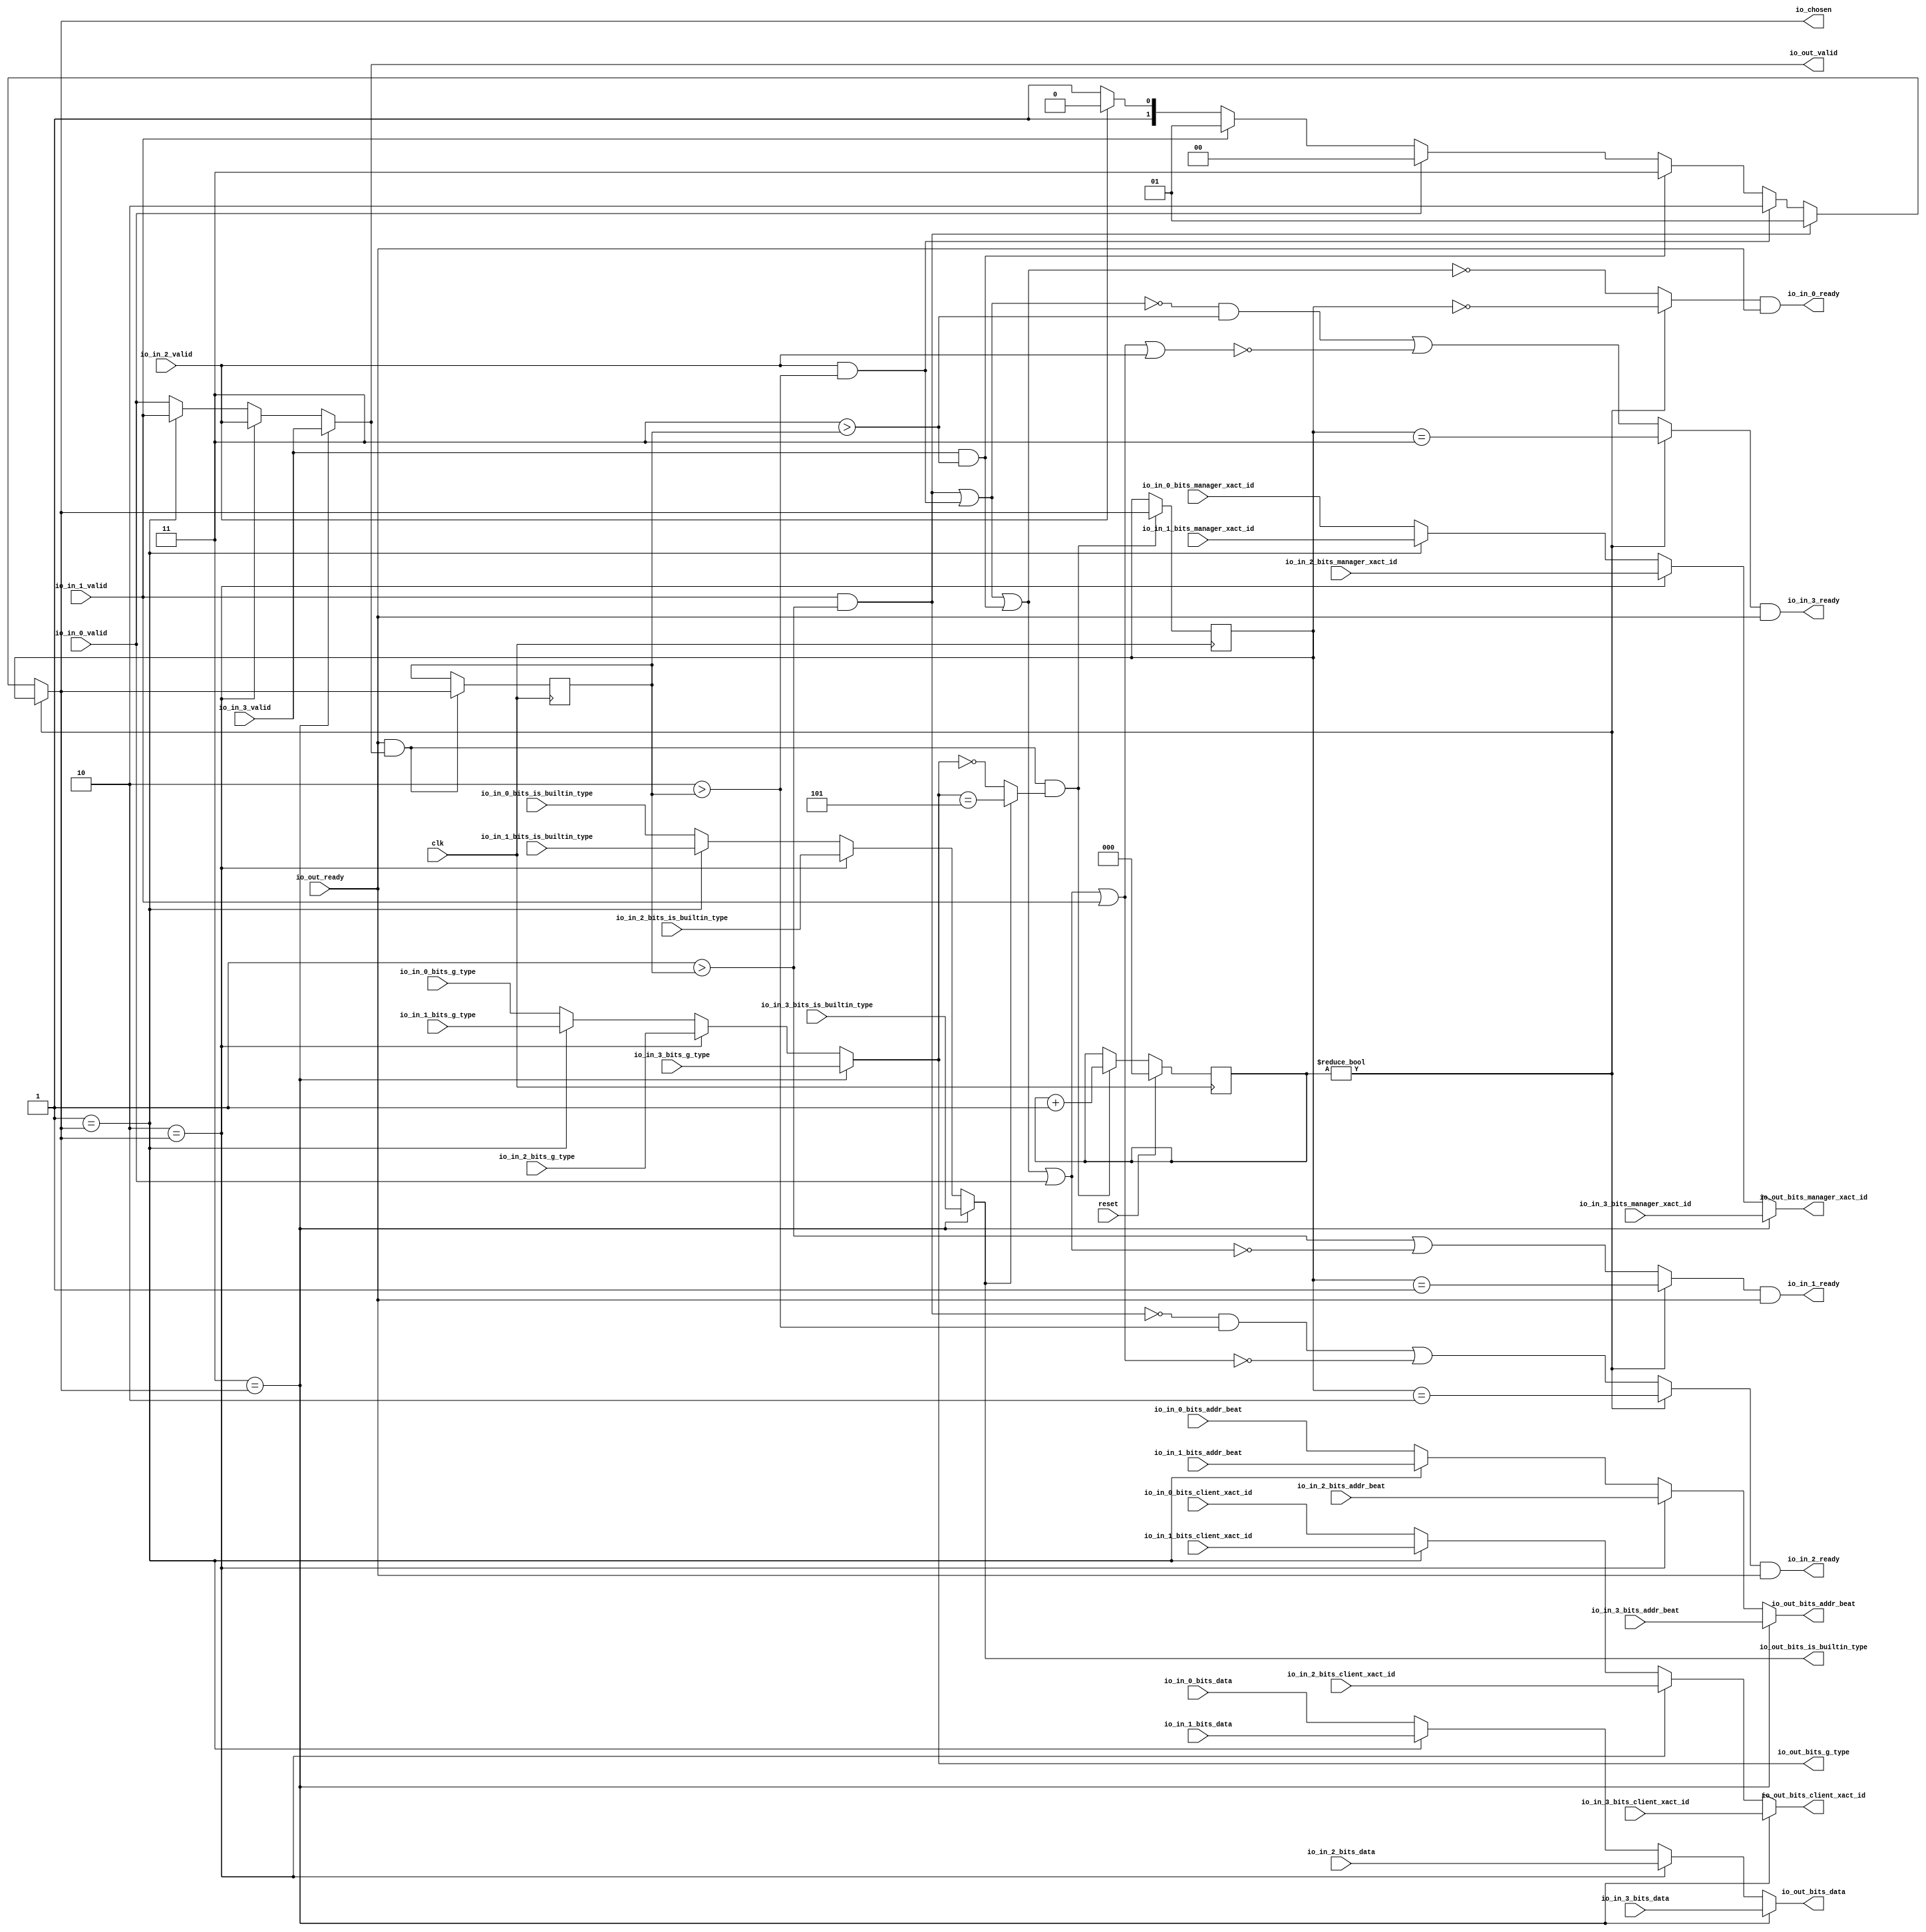
module LockingRRArbiter_7(
  input   clk,
  input   reset,
  output  io_in_0_ready,
  input   io_in_0_valid,
  input  [2:0] io_in_0_bits_addr_beat,
  input  [1:0] io_in_0_bits_client_xact_id,
  input   io_in_0_bits_manager_xact_id,
  input   io_in_0_bits_is_builtin_type,
  input  [3:0] io_in_0_bits_g_type,
  input  [63:0] io_in_0_bits_data,
  output  io_in_1_ready,
  input   io_in_1_valid,
  input  [2:0] io_in_1_bits_addr_beat,
  input  [1:0] io_in_1_bits_client_xact_id,
  input   io_in_1_bits_manager_xact_id,
  input   io_in_1_bits_is_builtin_type,
  input  [3:0] io_in_1_bits_g_type,
  input  [63:0] io_in_1_bits_data,
  output  io_in_2_ready,
  input   io_in_2_valid,
  input  [2:0] io_in_2_bits_addr_beat,
  input  [1:0] io_in_2_bits_client_xact_id,
  input   io_in_2_bits_manager_xact_id,
  input   io_in_2_bits_is_builtin_type,
  input  [3:0] io_in_2_bits_g_type,
  input  [63:0] io_in_2_bits_data,
  output  io_in_3_ready,
  input   io_in_3_valid,
  input  [2:0] io_in_3_bits_addr_beat,
  input  [1:0] io_in_3_bits_client_xact_id,
  input   io_in_3_bits_manager_xact_id,
  input   io_in_3_bits_is_builtin_type,
  input  [3:0] io_in_3_bits_g_type,
  input  [63:0] io_in_3_bits_data,
  input   io_out_ready,
  output  io_out_valid,
  output [2:0] io_out_bits_addr_beat,
  output [1:0] io_out_bits_client_xact_id,
  output  io_out_bits_manager_xact_id,
  output  io_out_bits_is_builtin_type,
  output [3:0] io_out_bits_g_type,
  output [63:0] io_out_bits_data,
  output [1:0] io_chosen
);
  wire [1:0] choice;
  wire  GEN_0;
  wire  GEN_7;
  wire  GEN_8;
  wire  GEN_9;
  wire [2:0] GEN_1;
  wire [2:0] GEN_10;
  wire [2:0] GEN_11;
  wire [2:0] GEN_12;
  wire [1:0] GEN_2;
  wire [1:0] GEN_13;
  wire [1:0] GEN_14;
  wire [1:0] GEN_15;
  wire  GEN_3;
  wire  GEN_16;
  wire  GEN_17;
  wire  GEN_18;
  wire  GEN_4;
  wire  GEN_19;
  wire  GEN_20;
  wire  GEN_21;
  wire [3:0] GEN_5;
  wire [3:0] GEN_22;
  wire [3:0] GEN_23;
  wire [3:0] GEN_24;
  wire [63:0] GEN_6;
  wire [63:0] GEN_25;
  wire [63:0] GEN_26;
  wire [63:0] GEN_27;
  reg [2:0] T_794;
  reg [31:0] GEN_39;
  reg [1:0] T_796;
  reg [31:0] GEN_40;
  wire  T_798;
  wire [2:0] T_806_0;
  wire [3:0] GEN_38;
  wire  T_808;
  wire  T_809;
  wire  T_810;
  wire  T_812;
  wire  T_813;
  wire [3:0] T_817;
  wire [2:0] T_818;
  wire [1:0] GEN_28;
  wire [2:0] GEN_29;
  wire [1:0] GEN_30;
  reg [1:0] lastGrant;
  reg [31:0] GEN_41;
  wire [1:0] GEN_31;
  wire  T_823;
  wire  T_825;
  wire  T_827;
  wire  T_829;
  wire  T_830;
  wire  T_831;
  wire  T_834;
  wire  T_835;
  wire  T_836;
  wire  T_837;
  wire  T_838;
  wire  T_842;
  wire  T_844;
  wire  T_846;
  wire  T_848;
  wire  T_850;
  wire  T_852;
  wire  T_856;
  wire  T_857;
  wire  T_858;
  wire  T_859;
  wire  T_860;
  wire  T_862;
  wire  T_863;
  wire  T_864;
  wire  T_866;
  wire  T_867;
  wire  T_868;
  wire  T_870;
  wire  T_871;
  wire  T_872;
  wire  T_874;
  wire  T_875;
  wire  T_876;
  wire [1:0] GEN_32;
  wire [1:0] GEN_33;
  wire [1:0] GEN_34;
  wire [1:0] GEN_35;
  wire [1:0] GEN_36;
  wire [1:0] GEN_37;
  assign io_in_0_ready = T_864;
  assign io_in_1_ready = T_868;
  assign io_in_2_ready = T_872;
  assign io_in_3_ready = T_876;
  assign io_out_valid = GEN_0;
  assign io_out_bits_addr_beat = GEN_1;
  assign io_out_bits_client_xact_id = GEN_2;
  assign io_out_bits_manager_xact_id = GEN_3;
  assign io_out_bits_is_builtin_type = GEN_4;
  assign io_out_bits_g_type = GEN_5;
  assign io_out_bits_data = GEN_6;
  assign io_chosen = GEN_30;
  assign choice = GEN_37;
  assign GEN_0 = GEN_9;
  assign GEN_7 = 2'h1 == io_chosen ? io_in_1_valid : io_in_0_valid;
  assign GEN_8 = 2'h2 == io_chosen ? io_in_2_valid : GEN_7;
  assign GEN_9 = 2'h3 == io_chosen ? io_in_3_valid : GEN_8;
  assign GEN_1 = GEN_12;
  assign GEN_10 = 2'h1 == io_chosen ? io_in_1_bits_addr_beat : io_in_0_bits_addr_beat;
  assign GEN_11 = 2'h2 == io_chosen ? io_in_2_bits_addr_beat : GEN_10;
  assign GEN_12 = 2'h3 == io_chosen ? io_in_3_bits_addr_beat : GEN_11;
  assign GEN_2 = GEN_15;
  assign GEN_13 = 2'h1 == io_chosen ? io_in_1_bits_client_xact_id : io_in_0_bits_client_xact_id;
  assign GEN_14 = 2'h2 == io_chosen ? io_in_2_bits_client_xact_id : GEN_13;
  assign GEN_15 = 2'h3 == io_chosen ? io_in_3_bits_client_xact_id : GEN_14;
  assign GEN_3 = GEN_18;
  assign GEN_16 = 2'h1 == io_chosen ? io_in_1_bits_manager_xact_id : io_in_0_bits_manager_xact_id;
  assign GEN_17 = 2'h2 == io_chosen ? io_in_2_bits_manager_xact_id : GEN_16;
  assign GEN_18 = 2'h3 == io_chosen ? io_in_3_bits_manager_xact_id : GEN_17;
  assign GEN_4 = GEN_21;
  assign GEN_19 = 2'h1 == io_chosen ? io_in_1_bits_is_builtin_type : io_in_0_bits_is_builtin_type;
  assign GEN_20 = 2'h2 == io_chosen ? io_in_2_bits_is_builtin_type : GEN_19;
  assign GEN_21 = 2'h3 == io_chosen ? io_in_3_bits_is_builtin_type : GEN_20;
  assign GEN_5 = GEN_24;
  assign GEN_22 = 2'h1 == io_chosen ? io_in_1_bits_g_type : io_in_0_bits_g_type;
  assign GEN_23 = 2'h2 == io_chosen ? io_in_2_bits_g_type : GEN_22;
  assign GEN_24 = 2'h3 == io_chosen ? io_in_3_bits_g_type : GEN_23;
  assign GEN_6 = GEN_27;
  assign GEN_25 = 2'h1 == io_chosen ? io_in_1_bits_data : io_in_0_bits_data;
  assign GEN_26 = 2'h2 == io_chosen ? io_in_2_bits_data : GEN_25;
  assign GEN_27 = 2'h3 == io_chosen ? io_in_3_bits_data : GEN_26;
  assign T_798 = T_794 != 3'h0;
  assign T_806_0 = 3'h5;
  assign GEN_38 = {{1'd0}, T_806_0};
  assign T_808 = io_out_bits_g_type == GEN_38;
  assign T_809 = io_out_bits_g_type == 4'h0;
  assign T_810 = io_out_bits_is_builtin_type ? T_808 : T_809;
  assign T_812 = io_out_ready & io_out_valid;
  assign T_813 = T_812 & T_810;
  assign T_817 = T_794 + 3'h1;
  assign T_818 = T_817[2:0];
  assign GEN_28 = T_813 ? io_chosen : T_796;
  assign GEN_29 = T_813 ? T_818 : T_794;
  assign GEN_30 = T_798 ? T_796 : choice;
  assign GEN_31 = T_812 ? io_chosen : lastGrant;
  assign T_823 = 2'h1 > lastGrant;
  assign T_825 = 2'h2 > lastGrant;
  assign T_827 = 2'h3 > lastGrant;
  assign T_829 = io_in_1_valid & T_823;
  assign T_830 = io_in_2_valid & T_825;
  assign T_831 = io_in_3_valid & T_827;
  assign T_834 = T_829 | T_830;
  assign T_835 = T_834 | T_831;
  assign T_836 = T_835 | io_in_0_valid;
  assign T_837 = T_836 | io_in_1_valid;
  assign T_838 = T_837 | io_in_2_valid;
  assign T_842 = T_829 == 1'h0;
  assign T_844 = T_834 == 1'h0;
  assign T_846 = T_835 == 1'h0;
  assign T_848 = T_836 == 1'h0;
  assign T_850 = T_837 == 1'h0;
  assign T_852 = T_838 == 1'h0;
  assign T_856 = T_823 | T_848;
  assign T_857 = T_842 & T_825;
  assign T_858 = T_857 | T_850;
  assign T_859 = T_844 & T_827;
  assign T_860 = T_859 | T_852;
  assign T_862 = T_796 == 2'h0;
  assign T_863 = T_798 ? T_862 : T_846;
  assign T_864 = T_863 & io_out_ready;
  assign T_866 = T_796 == 2'h1;
  assign T_867 = T_798 ? T_866 : T_856;
  assign T_868 = T_867 & io_out_ready;
  assign T_870 = T_796 == 2'h2;
  assign T_871 = T_798 ? T_870 : T_858;
  assign T_872 = T_871 & io_out_ready;
  assign T_874 = T_796 == 2'h3;
  assign T_875 = T_798 ? T_874 : T_860;
  assign T_876 = T_875 & io_out_ready;
  assign GEN_32 = io_in_2_valid ? 2'h2 : 2'h3;
  assign GEN_33 = io_in_1_valid ? 2'h1 : GEN_32;
  assign GEN_34 = io_in_0_valid ? 2'h0 : GEN_33;
  assign GEN_35 = T_831 ? 2'h3 : GEN_34;
  assign GEN_36 = T_830 ? 2'h2 : GEN_35;
  assign GEN_37 = T_829 ? 2'h1 : GEN_36;
`ifdef RANDOMIZE
  integer initvar;
  initial begin
    `ifndef verilator
      #0.002;
    `endif
  `ifdef RANDOMIZE
  GEN_39 = {1{$random}};
  T_794 = GEN_39[2:0];
  `endif
  `ifdef RANDOMIZE
  GEN_40 = {1{$random}};
  T_796 = GEN_40[1:0];
  `endif
  `ifdef RANDOMIZE
  GEN_41 = {1{$random}};
  lastGrant = GEN_41[1:0];
  `endif
  end
`endif
  always @(posedge clk) begin
    if(reset) begin
      T_794 <= 3'h0;
    end else begin
      if(T_813) begin
        T_794 <= T_818;
      end
    end
    if(1'h0) begin
    end else begin
      if(T_813) begin
        T_796 <= io_chosen;
      end
    end
    if(1'h0) begin
    end else begin
      if(T_812) begin
        lastGrant <= io_chosen;
      end
    end
  end
endmodule